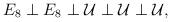
LaTeX: \begin{align*}E_8 \perp E_8 \perp {\cal U} \perp {\cal U} \perp {\cal U},\end{align*}